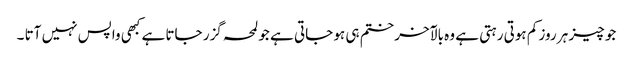
جو چیز ہر روز کم ہوتی رہتی ہے وہ بالآخر ختم ہی ہو جاتی ہے جو لمحہ گزر جاتا ہے کبھی واپس نہیں آتا ۔